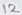
Text: 12